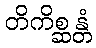
တိကိစ္ဆန္တံ